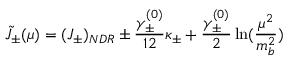
\tilde { J } _ { \pm } ( \mu ) = ( J _ { \pm } ) _ { N D R } \pm \frac { \gamma _ { \pm } ^ { ( 0 ) } } { 1 2 } \kappa _ { \pm } + \frac { \gamma _ { \pm } ^ { ( 0 ) } } { 2 } \ln ( \frac { \mu ^ { 2 } } { m _ { b } ^ { 2 } } )